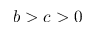
b > c > 0